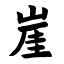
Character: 崖